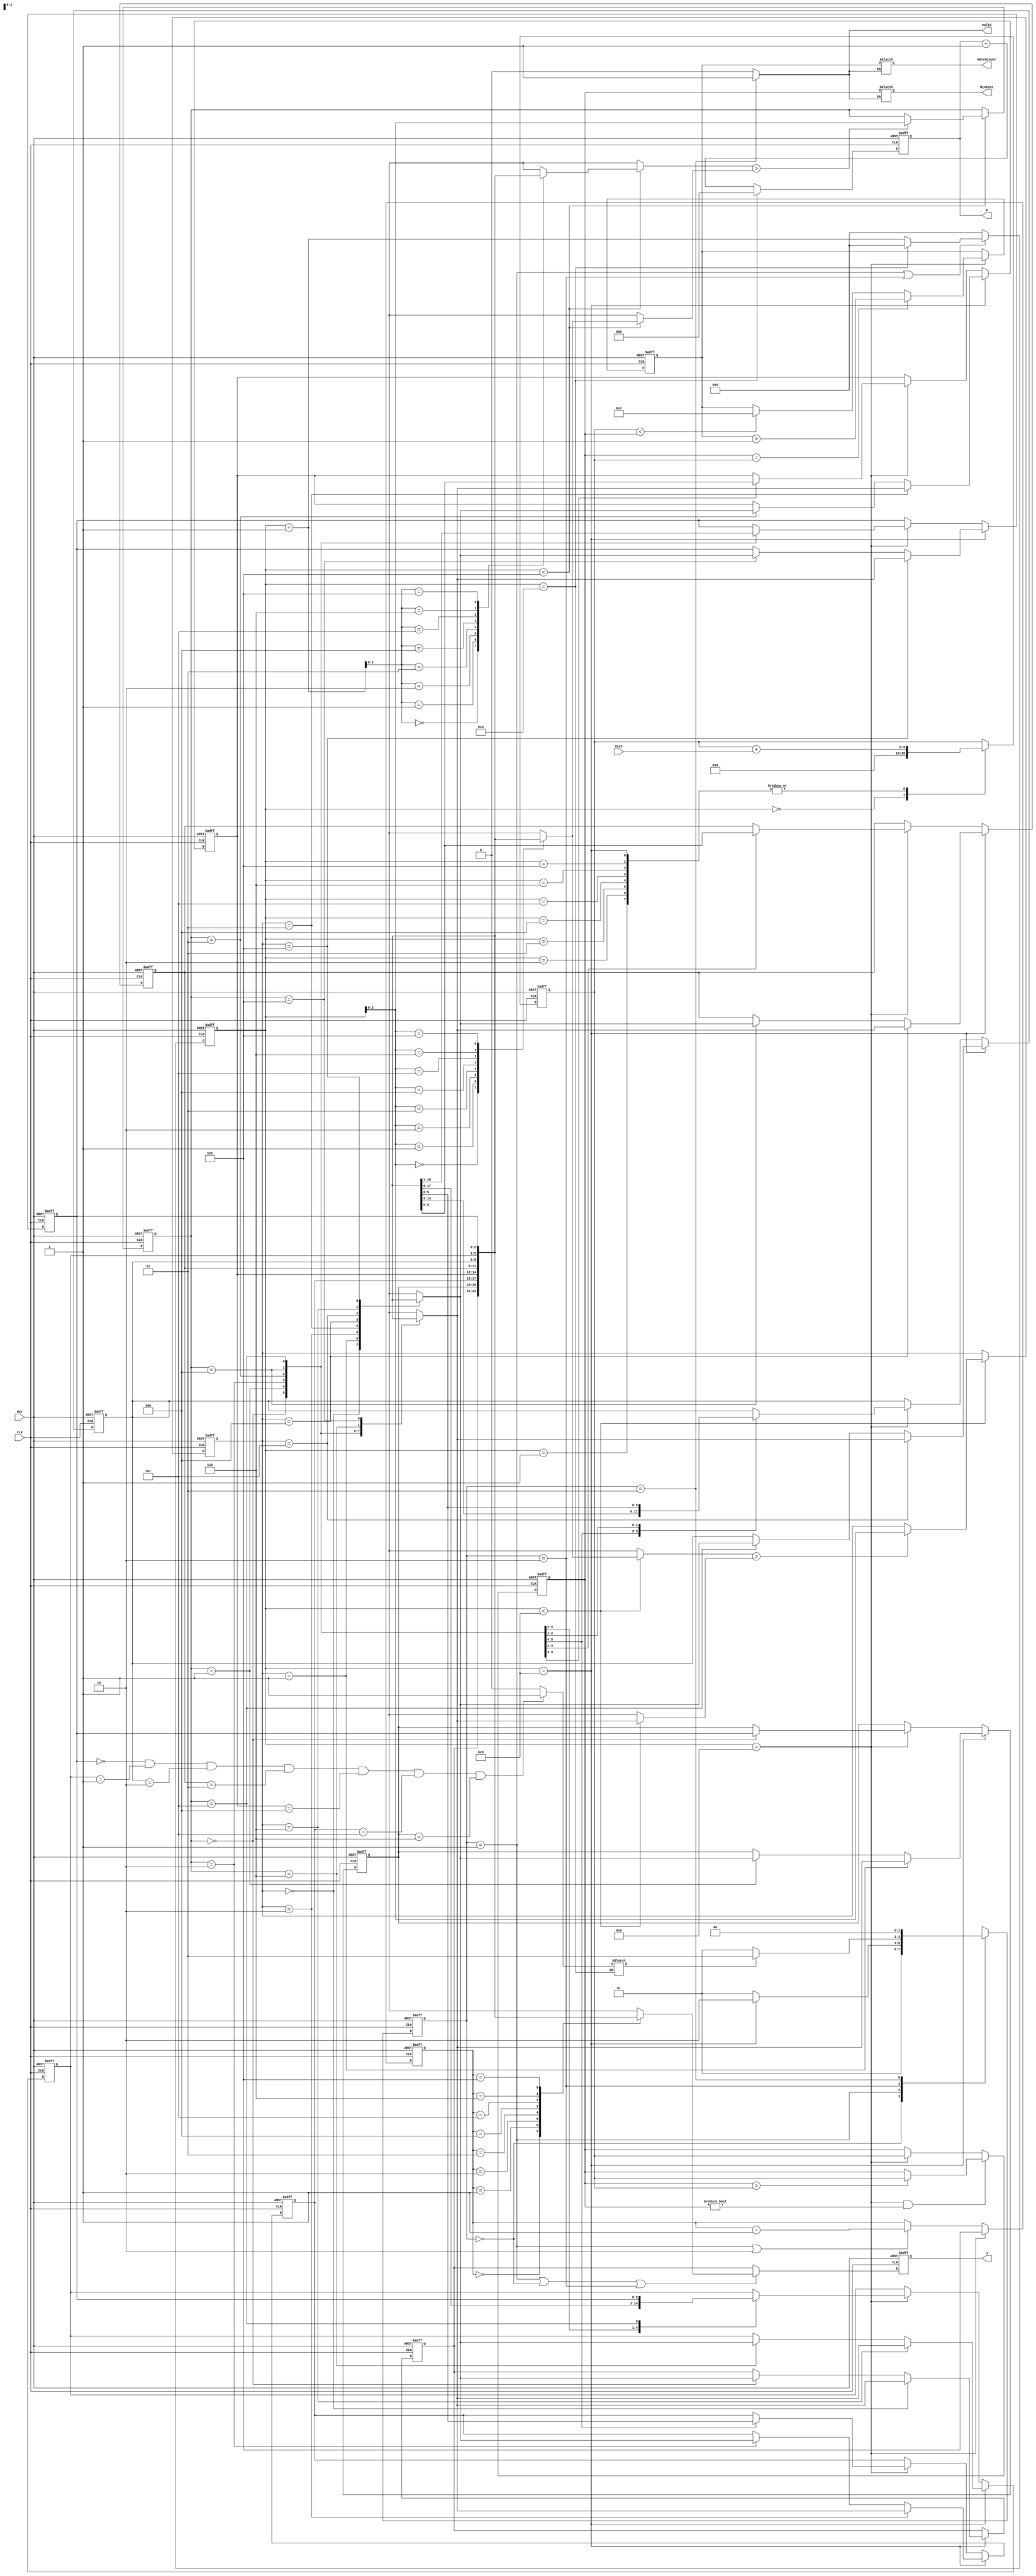
module JAM (
input CLK,
input RST,
output reg [2:0] W,
output reg [2:0] J,
input [6:0] Cost,
output reg [3:0] MatchCount,
output reg [9:0] MinCost,
output reg Valid );


// parameters
parameter IDLE = 2'b00;
parameter COST_ASK = 2'b01;
parameter COST_COUNT = 2'b10;
parameter OUTPUT = 2'b11;

integer i;
reg [1:0]current_state;
reg [1:0]next_state;

reg [2:0]number_sort[0:7];
reg [2:0]number_pointer;
reg [3:0]counter;

reg [9:0]min_cost_acc;

reg [2:0]replace_number;
reg [2:0]replace_to;




// FSM
always@(posedge CLK, posedge RST)begin:FSM
    if(RST)begin
        current_state <=  IDLE;
    end
    else begin
        current_state <=  next_state;
    end
end

always@(*)begin:FSM_NXT
    case(current_state)
        IDLE: begin
            next_state = COST_ASK;
        end

        COST_ASK:begin
            if(counter == 'd8)begin
                next_state = COST_COUNT;
            end
            else begin
                next_state = COST_ASK;
            end
        end

        COST_COUNT:begin
            if(ready)begin
                next_state = OUTPUT;
            end
            else begin
                next_state = COST_ASK;
            end
        end

        OUTPUT:begin
            next_state = IDLE;
        end
    endcase
end

reg ready;
always@(*)begin
    if(counter == 'd10)begin
        if((number_sort[7] == 'd0) && (number_sort[6] == 'd1) && (number_sort[5] == 'd2) && 
            (number_sort[4] == 'd3) && (number_sort[3] == 'd4) && (number_sort[2] == 'd5) && (number_sort[1] == 'd6))begin
            ready = 1'b1;
        end
        else begin
            ready = 1'b0;
        end
    end
    
    else begin
    end
end


// W
always@(posedge CLK, posedge RST)begin:IO_W
    if(RST)begin
        W <= 'd0;
    end
    else if(counter == 'd10)begin
        W <= 'd0;
    end

    else begin
        W <= W +'d1;
    end
end




// J
always@(posedge CLK, posedge RST)begin:IO_J
    if(RST)begin
        J <= 'd7;
    end

    else begin
        if((current_state == COST_ASK) || (current_state==IDLE) || (current_state == COST_COUNT))begin
            J <= number_sort[number_pointer]; 
        end
        
        else begin
            J <= number_sort[0];
        end
    end
end

// number_pointer
always@(posedge CLK, posedge RST)begin
    if(RST)begin
        number_pointer <= 'd7;
    end
    else if(counter == 'd9)begin
        number_pointer <= 'd7;
    end

    else if((current_state == COST_ASK) || (COST_COUNT)) begin
        number_pointer <= number_pointer - 'd1;
    end
    else begin
        number_pointer <= number_pointer;
    end
end

// counter      // 0~15
always@(posedge CLK, posedge RST)begin
    if(RST)begin
        counter <='d0;
    end
    else begin
        if((current_state == COST_ASK) || (current_state == COST_COUNT))begin
            if(counter == 'd10)begin
                counter <= 'd0;
            end
            else begin
                counter <=  counter +'d1;
            end
        end
        
        else begin
            counter <= 'd0;
        end
    end
end

// replace_number   (position)
always@(posedge CLK, posedge RST)begin
    if(RST)begin
        replace_number <= 0;
    end
    else begin
        if( counter < 'd7)begin             // while 0 ~ 6
            if(number_sort[counter+1] > number_sort[counter])begin
                replace_number <=counter;
            end

            else begin
                replace_number <= replace_number;
            end
        end
        else begin
            replace_number <= replace_number;
        end
    end
end

// replace_to   (position)
always@(posedge CLK, posedge RST)begin
    if(RST)begin
        replace_to <='d0;
    end
    else begin
        if(counter < 'd8)begin              // while 0 ~ 7  total : 8 cycles
            if(number_sort[counter] > number_sort[replace_number])begin
                replace_to <=  counter;
            end

            else begin
                replace_to <=  replace_to;
            end
        end
        else begin
            replace_to <= replace_to;
        end
    end
end



//number_sort
always@(posedge CLK, posedge RST)begin
    if(RST)begin
        number_sort[7] <= 'd7;
        number_sort[6] <= 'd6;
        number_sort[5] <= 'd5;
        number_sort[4] <= 'd4;
        number_sort[3] <= 'd3;
        number_sort[2] <= 'd2;
        number_sort[1] <= 'd1;
        number_sort[0] <= 'd0;
    end
    
    else begin
        if(counter == 'd8)begin
            number_sort[replace_number] <= number_sort[replace_to];
            number_sort[replace_to] <= number_sort[replace_number];
        end

        else if(counter == 'd9)begin
            case(replace_number)
                3'd0:begin
                    number_sort[1] <= number_sort[7];
                    number_sort[2] <= number_sort[6];
                    number_sort[3] <= number_sort[5];
                    number_sort[7] <= number_sort[1];
                    number_sort[6] <= number_sort[2];
                    number_sort[5] <= number_sort[3];
                    number_sort[0] <= number_sort[0];
                    number_sort[4] <= number_sort[4];
                end
                3'd1:begin
                    number_sort[2] <= number_sort[7];
                    number_sort[3] <= number_sort[6];
                    number_sort[4] <= number_sort[5];
                    number_sort[7] <= number_sort[2];
                    number_sort[6] <= number_sort[3];
                    number_sort[5] <= number_sort[4];
                    number_sort[0] <= number_sort[0];
                    number_sort[1] <= number_sort[1];
                end
                3'd2:begin
                    number_sort[3] <= number_sort[7];
                    number_sort[4] <= number_sort[6];
                    number_sort[7] <= number_sort[3];
                    number_sort[6] <= number_sort[4];
                    number_sort[0] <= number_sort[0];
                    number_sort[1] <= number_sort[1];
                    number_sort[2] <= number_sort[2];
                    number_sort[5] <= number_sort[5];
                end
                3'd3:begin
                    number_sort[4] <= number_sort[7];
                    number_sort[7] <= number_sort[4];
                    number_sort[5] <= number_sort[6];
                    number_sort[6] <= number_sort[5];
                    number_sort[0] <= number_sort[0];
                    number_sort[1] <= number_sort[1];
                    number_sort[2] <= number_sort[2];
                    number_sort[3] <= number_sort[3];
                end
                3'd4:begin
                    number_sort[5] <= number_sort[7];
                    number_sort[7] <= number_sort[5];
                    number_sort[6] <= number_sort[6];
                    number_sort[0] <= number_sort[0];
                    number_sort[1] <= number_sort[1];
                    number_sort[2] <= number_sort[2];
                    number_sort[3] <= number_sort[3];
                    number_sort[4] <= number_sort[4];
                end
                3'd5:begin
                    number_sort[6] <= number_sort[7];
                    number_sort[7] <= number_sort[6];
                    number_sort[0] <= number_sort[0];
                    number_sort[1] <= number_sort[1];
                    number_sort[2] <= number_sort[2];
                    number_sort[3] <= number_sort[3];
                    number_sort[4] <= number_sort[4];
                    number_sort[5] <= number_sort[5];
                end
                3'd6:begin
                    number_sort[0] <= number_sort[0];
                    number_sort[1] <= number_sort[1];
                    number_sort[2] <= number_sort[2];
                    number_sort[3] <= number_sort[3];
                    number_sort[4] <= number_sort[4];
                    number_sort[5] <= number_sort[5];
                    number_sort[6] <= number_sort[6];
                    number_sort[7] <= number_sort[7];
                end
                default:begin
                    for(i=0;i<8;i=i+1)begin
                        number_sort[i] <= number_sort[i];
                    end
                end
            endcase
        end
        
        else begin
            for(i=0;i<8;i=i+1)begin
                number_sort[i] <= number_sort[i];
            end
        end
    end
end


// min_cost_acc
always@(posedge CLK, posedge RST)begin
    if(RST)begin
        min_cost_acc <= 'd0;
    end
    
    else begin
        case(counter)
            4'd0: min_cost_acc <=  'd0;
            4'd1: min_cost_acc <=  min_cost_acc + Cost;
            4'd2: min_cost_acc <=  min_cost_acc + Cost;
            4'd3: min_cost_acc <=  min_cost_acc + Cost;
            4'd4: min_cost_acc <=  min_cost_acc + Cost;
            4'd5: min_cost_acc <=  min_cost_acc + Cost;
            4'd6: min_cost_acc <=  min_cost_acc + Cost;
            4'd7: min_cost_acc <=  min_cost_acc + Cost;      // 8th cycle
            4'd8: min_cost_acc <=  min_cost_acc + Cost;             // 9th cycle
            default: min_cost_acc <=  min_cost_acc;
        endcase
    end
end

reg [3:0]match_count_temp;

// match_count_temp
always@(posedge CLK, posedge RST)begin
    if(RST)begin
        match_count_temp <= 'd1;
    end
    
    else begin
        if(counter == 'd9)begin
            if(min_cost_temp == min_cost_acc)begin
                match_count_temp <= match_count_temp +'d1;
            end
            
            else if(min_cost_acc < min_cost_temp)begin
                match_count_temp <= 'd1;
            end

            else begin
                match_count_temp <= match_count_temp;
            end
        end
        
        else begin
            match_count_temp <= match_count_temp;
        end
    end
end


reg [9:0]min_cost_temp;
// min_cost_temp
always @(posedge CLK, posedge RST) begin
    if(RST)begin
        min_cost_temp <= 'd0;
    end

    else if((counter == 'd9) && (min_cost_temp != 'd0))begin
        if(min_cost_temp > min_cost_acc)begin
            min_cost_temp <= min_cost_acc;
        end

        else begin
            min_cost_temp <= min_cost_temp;
        end
    end
    
    else begin
        if(counter == 'd9)begin
            min_cost_temp <= min_cost_acc;
        end
    end
end

//MinCost
always@(*)begin
    if(Valid)begin
        MinCost = min_cost_temp;
    end
    
    else begin
        MinCost = MinCost;
    end
end

//MatchCount
always@(*)begin
    if(Valid)begin
        MatchCount = match_count_temp;
    end

    else begin
        MatchCount = MatchCount;
    end
end

//Valid
always@(*)begin
    if(current_state == OUTPUT)begin
        Valid = 1'd1;
    end
    
    else begin
        Valid = 1'd0;
    end
end



endmodule